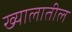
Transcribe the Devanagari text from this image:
ख्यालातील